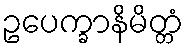
ဥပေက္ခာနိမိတ္တံ